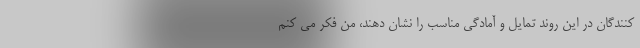
کنندگان در این روند تمایل و آمادگی مناسب را نشان دهند، من فکر می کنم